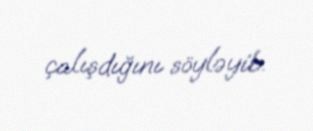
çalışdığını söyləyib.